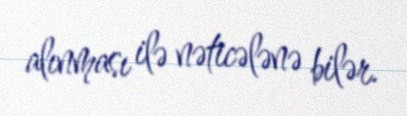
alınması ilə nəticələnə bilər.